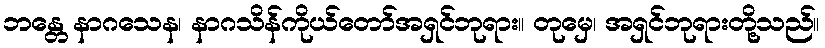
ဘန္တေ နာဂသေန၊ နာဂသိန်ကိုယ်တော်အရှင်ဘုရား။ တုမှေ၊ အရှင်ဘုရားတို့သည်။